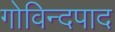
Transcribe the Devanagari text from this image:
गोविन्दपाद